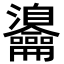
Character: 𪛎